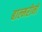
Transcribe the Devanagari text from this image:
बाल्मरीनो